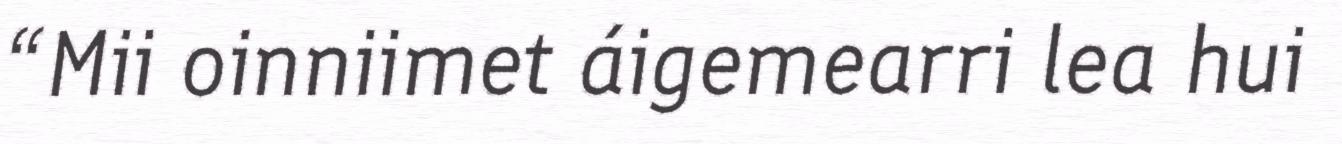
“Mii oinniimet áigemearri lea hui